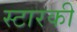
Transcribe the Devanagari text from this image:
स्टारकी